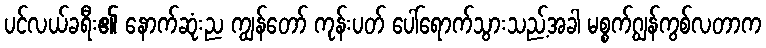
ပင်လယ်ခရီး၏ နောက်ဆုံးည ကျွန်တော် ကုန်းပတ် ပေါ်ရောက်သွားသည့်အခါ မစ္စက်ဂျွန်ကွစ်လတာက